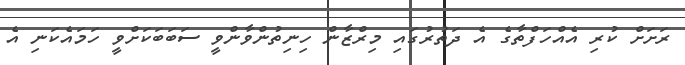
ރަށަށް ކުރި އެއްހަފްތާގެ އެ ދަތުރުގައި މިރްޒާން ހިނިތުންވާންވީ ސަބަބަކަށްވީ ހަމައެކަނި އެ